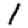
Digit: 1